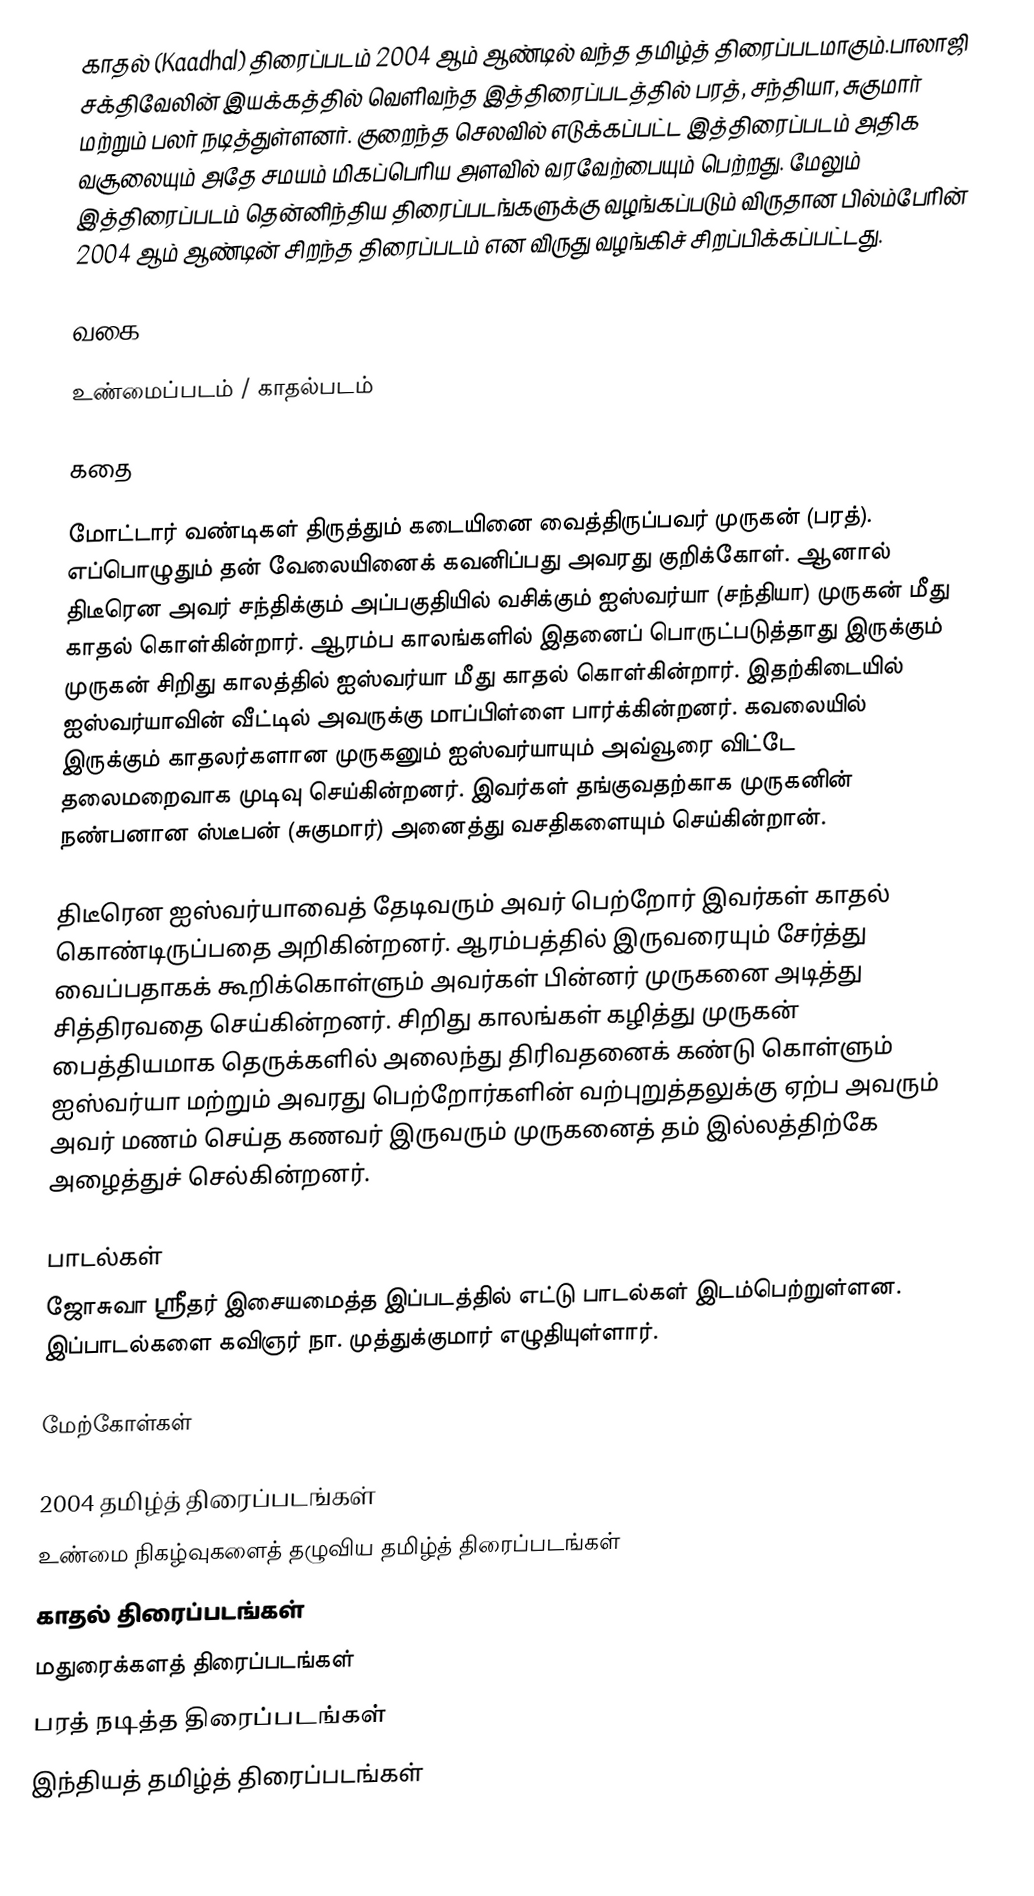
காதல் (Kaadhal) திரைப்படம் 2004 ஆம் ஆண்டில் வந்த தமிழ்த் திரைப்படமாகும்.பாலாஜி சக்திவேலின் இயக்கத்தில் வெளிவந்த இத்திரைப்படத்தில் பரத், சந்தியா, சுகுமார் மற்றும் பலர் நடித்துள்ளனர். குறைந்த செலவில் எடுக்கப்பட்ட இத்திரைப்படம் அதிக வசூலையும் அதே சமயம் மிகப்பெரிய அளவில் வரவேற்பையும் பெற்றது. மேலும் இத்திரைப்படம் தென்னிந்திய திரைப்படங்களுக்கு வழங்கப்படும் விருதான பில்ம்பேரின் 2004 ஆம் ஆண்டின் சிறந்த திரைப்படம் என விருது வழங்கிச் சிறப்பிக்கப்பட்டது.

வகை

உண்மைப்படம் / காதல்படம்

கதை

மோட்டார் வண்டிகள் திருத்தும் கடையினை வைத்திருப்பவர் முருகன் (பரத்). எப்பொழுதும் தன் வேலையினைக் கவனிப்பது அவரது குறிக்கோள். ஆனால் திடீரென அவர் சந்திக்கும் அப்பகுதியில் வசிக்கும் ஐஸ்வர்யா (சந்தியா) முருகன் மீது காதல் கொள்கின்றார். ஆரம்ப காலங்களில் இதனைப் பொருட்படுத்தாது இருக்கும் முருகன் சிறிது காலத்தில் ஐஸ்வர்யா மீது காதல் கொள்கின்றார். இதற்கிடையில் ஐஸ்வர்யாவின் வீட்டில் அவருக்கு மாப்பிள்ளை பார்க்கின்றனர். கவலையில் இருக்கும் காதலர்களான முருகனும் ஐஸ்வர்யாயும் அவ்வூரை விட்டே தலைமறைவாக முடிவு செய்கின்றனர். இவர்கள் தங்குவதற்காக முருகனின் நண்பனான ஸ்டீபன் (சுகுமார்) அனைத்து வசதிகளையும் செய்கின்றான்.

திடீரென ஐஸ்வர்யாவைத் தேடிவரும் அவர் பெற்றோர் இவர்கள் காதல் கொண்டிருப்பதை அறிகின்றனர். ஆரம்பத்தில் இருவரையும் சேர்த்து வைப்பதாகக் கூறிக்கொள்ளும் அவர்கள் பின்னர் முருகனை அடித்து சித்திரவதை செய்கின்றனர். சிறிது காலங்கள் கழித்து முருகன் பைத்தியமாக தெருக்களில் அலைந்து திரிவதனைக் கண்டு கொள்ளும் ஐஸ்வர்யா மற்றும் அவரது பெற்றோர்களின் வற்புறுத்தலுக்கு ஏற்ப அவரும் அவர் மணம் செய்த கணவர் இருவரும் முருகனைத் தம் இல்லத்திற்கே அழைத்துச் செல்கின்றனர்.

பாடல்கள்
ஜோசுவா ஸ்ரீதர் இசையமைத்த இப்படத்தில் எட்டு பாடல்கள் இடம்பெற்றுள்ளன. இப்பாடல்களை கவிஞர் நா. முத்துக்குமார் எழுதியுள்ளார்.

மேற்கோள்கள்

2004 தமிழ்த் திரைப்படங்கள்
உண்மை நிகழ்வுகளைத் தழுவிய தமிழ்த் திரைப்படங்கள்
காதல் திரைப்படங்கள்
மதுரைக்களத் திரைப்படங்கள்
பரத் நடித்த திரைப்படங்கள்
இந்தியத் தமிழ்த் திரைப்படங்கள்